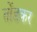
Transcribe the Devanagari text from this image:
तोंडकर